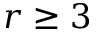
r \geq 3